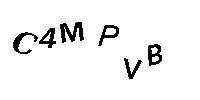
C4MPVB